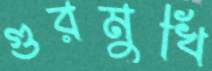
গুরমুখি